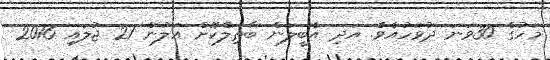
މަހުގެ 30ވަނަ ދުވަހުއެވެ. އަދި އެބީލަން ބާޠިލްކޮށް އަލުން 21 ޖުލައި 2016